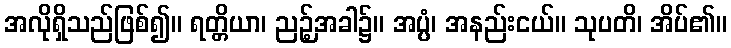
အလိုရှိသည်ဖြစ်၍။ ရတ္တိယာ၊ ညဉ့်အခါ၌။ အပ္ပံ၊ အနည်းငယ်။ သုပတိ၊ အိပ်၏။